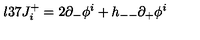
\l { 3 7 } J _ { i } ^ { + } = 2 \partial _ { - } \phi ^ { i } + h _ { -- } \partial _ { + } \phi ^ { i }